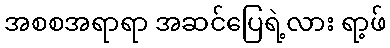
အစစအရာရာ အဆင်ပြေရဲ့လား ရာ့ဖ်